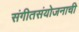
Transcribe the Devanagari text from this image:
संगीतसंयोजनाची